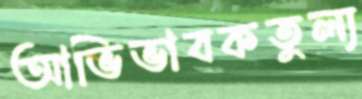
আভিভাবকতুল্য